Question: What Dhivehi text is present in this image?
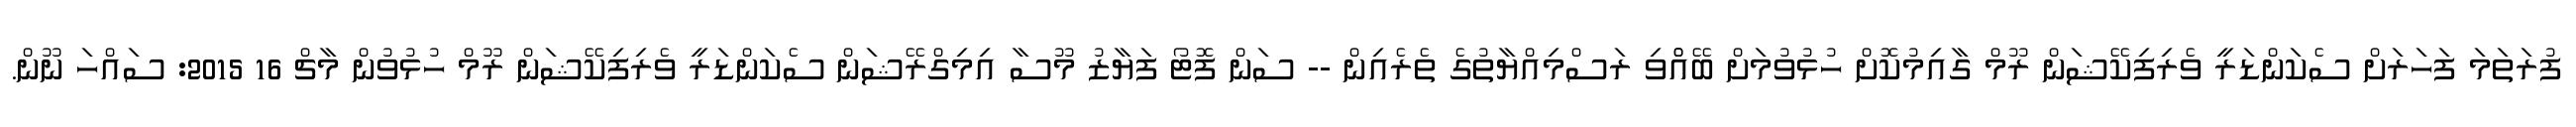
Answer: ފުރަތަމަ ފަހަރަށް ސެކަންޑަރީ ވެރިފިކޭޝަން ރޫމް ގާއިމުކޮށް ހުޅުވުމަށް ބޭއްްވި ރަސްމިއްޔާތުގެ ތެރެއިން -- ސަން ފޮޓޯ ފަޔާޒު މޫސާ އިމިގްރޭޝަން ސެކަންޑަރީ ވެރިފިކޭޝަން ރޫމް ހުޅުވުން މާޗް 16 2015: ސައްހަ ނޫން.